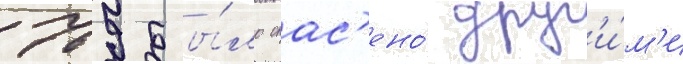
769 бы́ло спас'ено́ друг'и́м'и